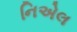
નિએલ